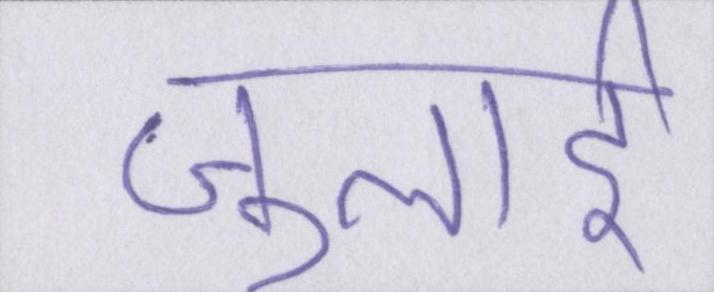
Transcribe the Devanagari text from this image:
जुलाई